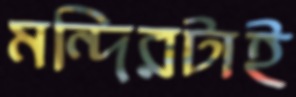
মন্দিরটাই